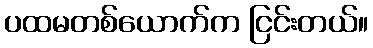
ပထမတစ်ယောက်က ငြင်းတယ်။